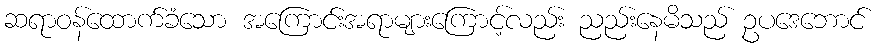
ဆရာဝန်ထောက်ခံသော အကြောင်းအရာများကြောင့်လည်း ညည်းနေမိသည် ဥပဒေဘောင်